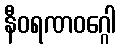
နီဝရဏဝဂ္ဂေါ